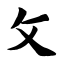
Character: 攵